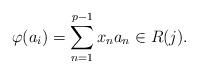
LaTeX: \begin{align*}\varphi(a_i)=\sum_{n=1}^{p-1}x_na_n \in R(j).\end{align*}